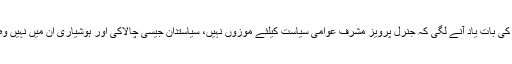
مجھے صحافی دوستوں کی بات یاد آنے لگی کہ جنرل پرویز مشرف عوامی سیاست کیلئے موزوں نہیں، سیاستدان جیسی چالاکی اور ہوشیاری ان میں نہیں وہ سیدھا سادھا فوجی ہے۔